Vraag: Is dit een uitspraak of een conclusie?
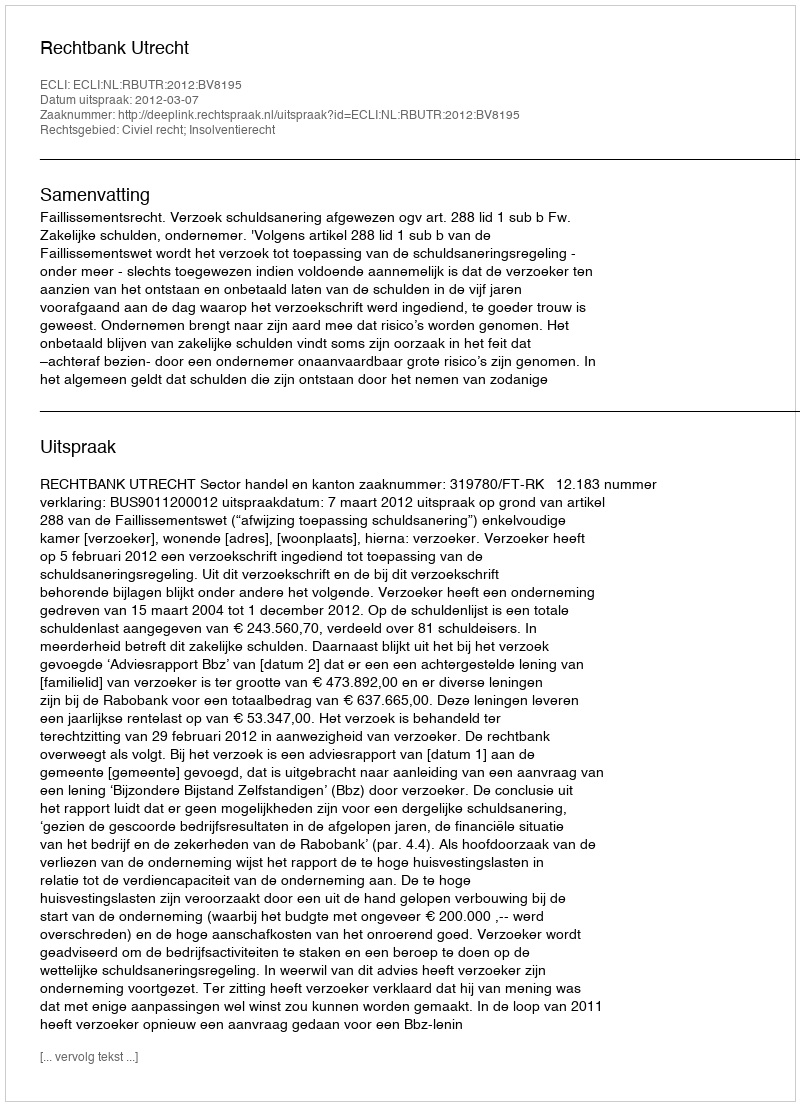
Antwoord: Uitspraak